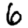
Digit: 6